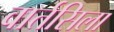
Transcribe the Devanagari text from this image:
वार्तसिला